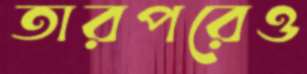
তারপরেও